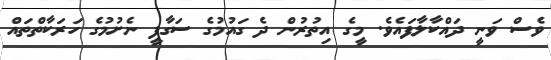
ވެސް ވަނީ ދައްކާލާފައެވެ. މީގެ އިތުރުން ދެ ގައުމުގެ ސަގާފީ ނެށުމުގެ ހަރަކާތްތައް